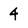
Character: 4